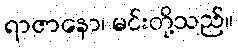
ရာဇာနော၊ မင်းတို့သည်။